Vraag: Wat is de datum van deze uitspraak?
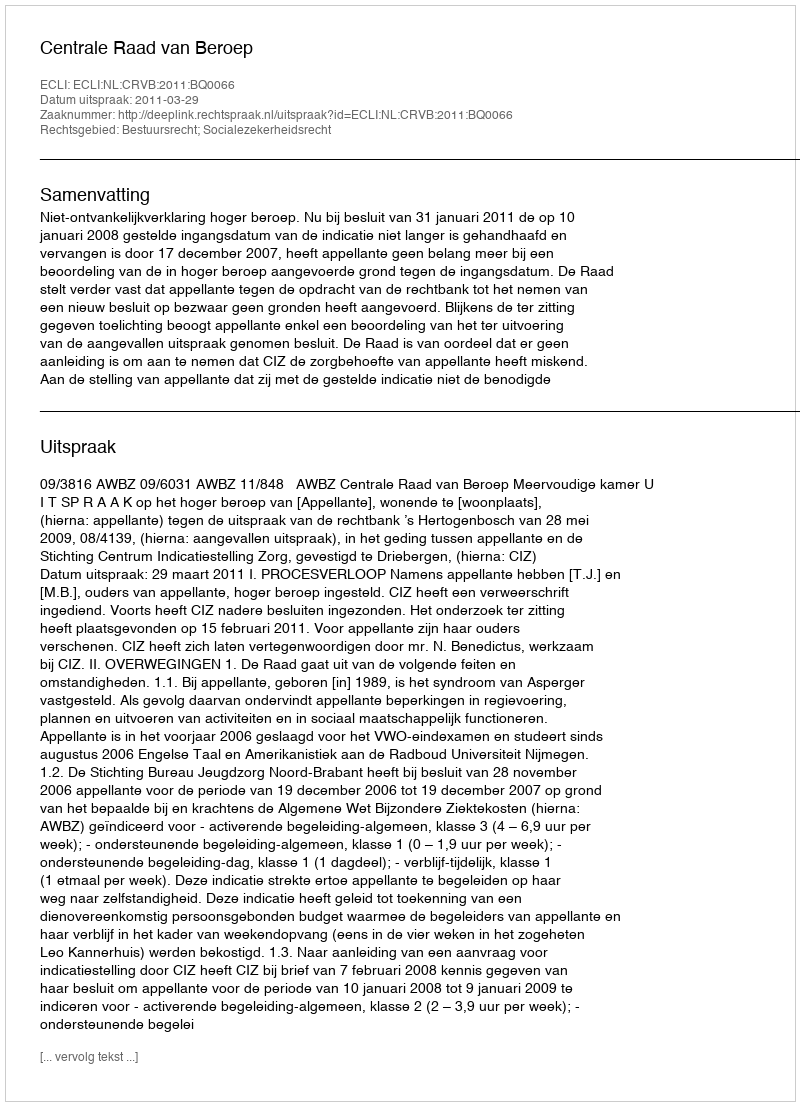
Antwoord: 2011-03-29